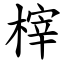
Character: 榟